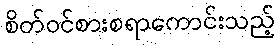
စိတ်ဝင်စားစရာကောင်းသည့်